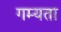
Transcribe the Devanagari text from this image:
गम्यता